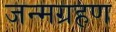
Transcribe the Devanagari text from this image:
जन्मग्रहण